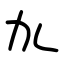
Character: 劜